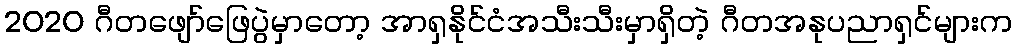
2020 ဂီတဖျော်ဖြေပွဲမှာတော့ အာရှနိုင်ငံအသီးသီးမှာရှိတဲ့ ဂီတအနုပညာရှင်များက